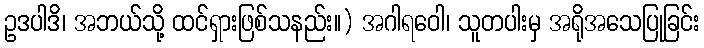
ဥဒပါဒိ၊ အဘယ်သို့ ထင်ရှားဖြစ်သနည်း။) အဂါရဝေါ၊ သူတပါးမှ အရိုအသေပြုခြင်း